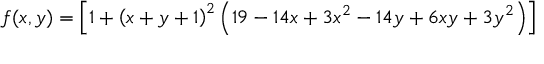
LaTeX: f ( x , y ) = \left[ 1 + \left( x + y + 1 \right) ^ { 2 } \left( 1 9 - 1 4 x + 3 x ^ { 2 } - 1 4 y + 6 x y + 3 y ^ { 2 } \right) \right]